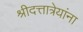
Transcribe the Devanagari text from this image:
श्रीदत्तात्रेयांना